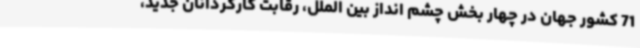
71 کشور جهان در چهار بخش چشم انداز بین الملل، رقابت کارگردانان جدید،